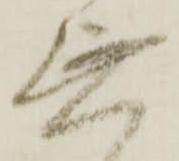
無